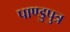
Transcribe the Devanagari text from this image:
पाण्डुपुत्र